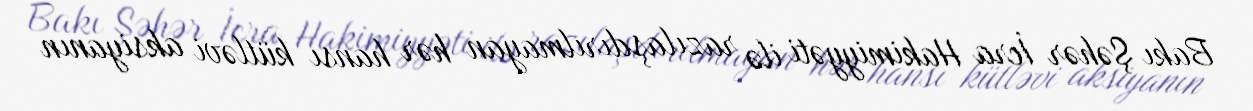
Bakı Şəhər İcra Hakimiyyəti ilə razılaşdırılmayan hər hansı kütləvi aksiyanın